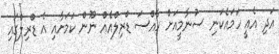
އަދި އެއީ ހަމައެކަނި ސުނާމީއަށް ހާއްސަ ޑްރިލްއެއް ނޫން ކަމަށާއި އެ ޑްރިލްގައި